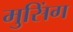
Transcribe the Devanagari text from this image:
मुसिंग